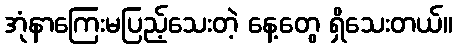
အုံနာကြေးမပြည့်သေးတဲ့ နေ့တွေ ရှိသေးတယ်။